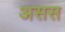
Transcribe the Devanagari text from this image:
असस